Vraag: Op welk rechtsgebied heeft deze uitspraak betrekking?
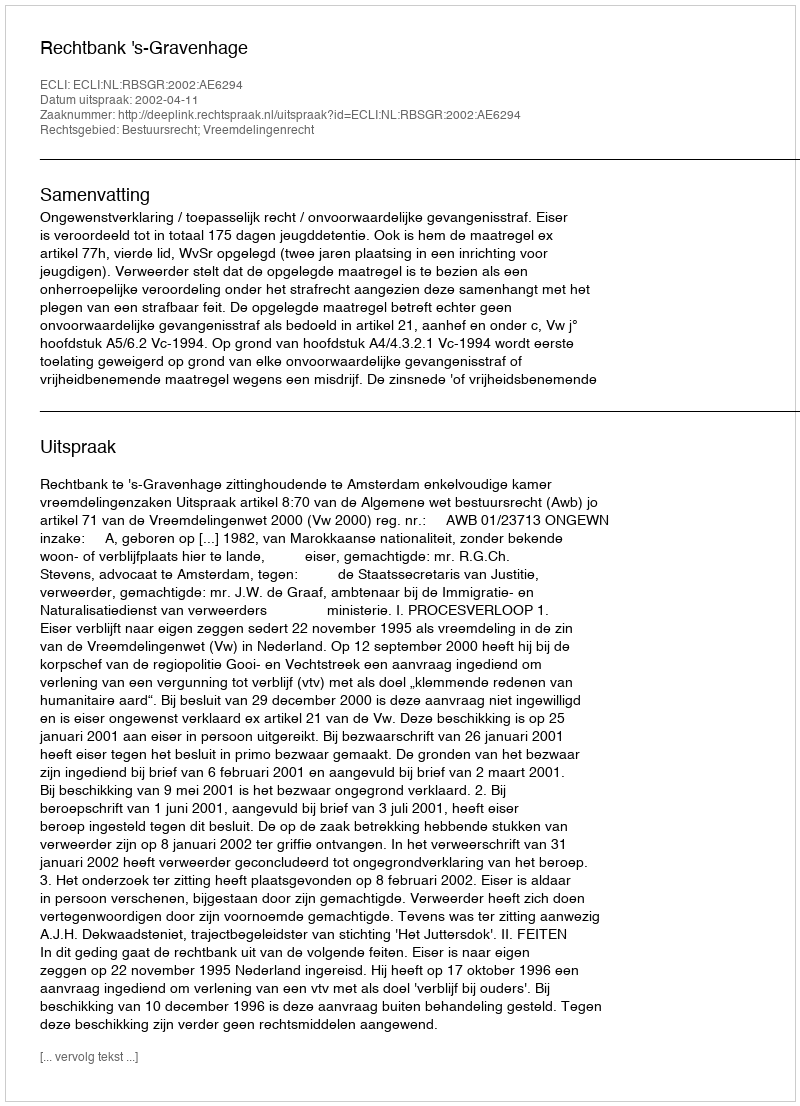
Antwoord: Bestuursrecht; Vreemdelingenrecht